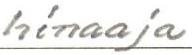
hinaaja